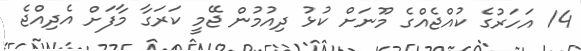
14 އަހަރުގެ ކުއްޖެއްގެ މޫނަށް ކުޅު ދިއުމުން ޖޭމީ ކަރަގާ މާފަށް އެދިއްޖެ